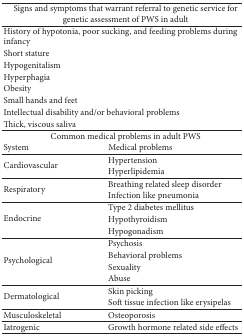
<table><thead><tr><td colspan="2"><b>Signs and symptoms that warrant referral to genetic service for genetic assessment of PWS in adult</b></td></tr></thead><tbody><tr><td colspan="2"> History of hypotonia, poor sucking, and feeding problems during infancy </td></tr><tr><td colspan="2"> Short stature</td></tr><tr><td colspan="2"> Hypogenitalism </td></tr><tr><td colspan="2"> Hyperphagia </td></tr><tr><td colspan="2"> Obesity </td></tr><tr><td colspan="2"> Small hands and feet</td></tr><tr><td colspan="2"> Intellectual disability and/or behavioral problems</td></tr><tr><td colspan="2"> Thick, viscous saliva </td></tr><tr><td colspan="2">Common medical problems in adult PWS</td></tr><tr><td>System</td><td>Medical problems</td></tr><tr><td rowspan="2">Cardiovascular </td><td>Hypertension</td></tr><tr><td>Hyperlipidemia</td></tr><tr><td rowspan="2">Respiratory</td><td>Breathing related sleep disorder</td></tr><tr><td>Infection like pneumonia </td></tr><tr><td rowspan="3">Endocrine </td><td>Type 2 diabetes mellitus</td></tr><tr><td>Hypothyroidism</td></tr><tr><td>Hypogonadism </td></tr><tr><td rowspan="4">Psychological </td><td>Psychosis</td></tr><tr><td>Behavioral problems</td></tr><tr><td>Sexuality</td></tr><tr><td>Abuse</td></tr><tr><td rowspan="2">Dermatological </td><td>Skin picking</td></tr><tr><td>Soft tissue infection like erysipelas</td></tr><tr><td>Musculoskeletal </td><td>Osteoporosis</td></tr><tr><td>Iatrogenic </td><td>Growth hormone related side effects</td></tr></tbody></table>